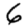
Digit: 6